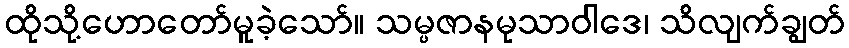
ထိုသို့ဟောတော်မူခဲ့သော်။ သမ္ပဇာနမုသာဝါဒေ၊ သိလျက်ချွတ်